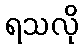
ရသလို